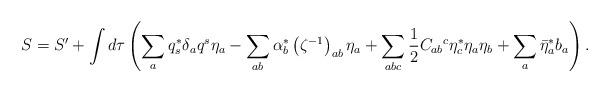
LaTeX: \begin{align*}S = S' + \int d\tau \left( \sum_a q_s^* \delta_a q^s \eta_a - \sum_{ab} \alpha^*_b \left(\zeta^{-1}\right)_{ab} \eta_a + \sum_{abc} \frac{1}{2} C_{ab}{}^c \eta^*_c \eta_a\eta_b + \sum_a \bar{\eta}^*_a b_a \right) .\end{align*}